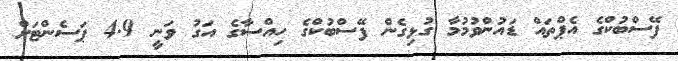
ފޭސްބުކްގެ އެޕްތައް ޑައުންވުމުމާ ގުޅިގެން ފޭސްބުކްގެ ހިއްސާގެ އަގު ވަނީ 4.9 ޕަސެންޓަށް